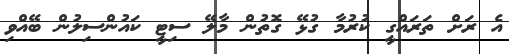
އެ ރަށް ތަރައްގީ ކުރުމާ ގުޅޭ ގޮތުން މާލޭ ސިޓީ ކައުންސިލުން ބޭއްވި